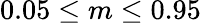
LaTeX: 0.05\leq m\leq 0.95